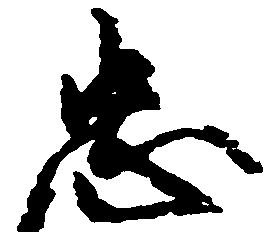
忠